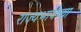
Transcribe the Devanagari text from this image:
राज्यभाषेच्या